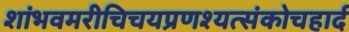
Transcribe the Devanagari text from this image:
शांभवमरीचिचयप्रणश्यत्संकोचहार्द